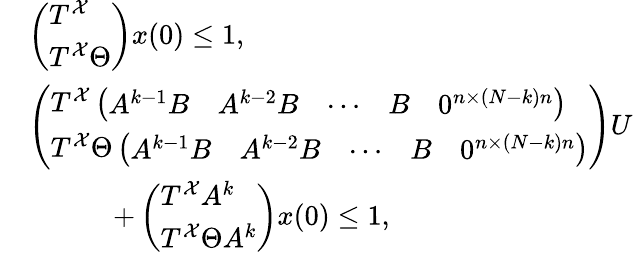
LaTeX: \begin{array}{rl}&{\left(\begin{array}{l}{T^{\mathcal{X}}}\\ {T^{\mathcal{X}}\Theta}\end{array}\right)x(0)\leq 1,}\\ &{\left(\begin{array}{l}{T^{\mathcal{X}}\left(\begin{array}{lllll}{A^{k-1}B}&{A^{k-2}B}&{\cdots}&{B}&{0^{n\times(N-k)n}}\end{array}\right)}\\ {T^{\mathcal{X}}\Theta\left(\begin{array}{lllll}{A^{k-1}B}&{A^{k-2}B}&{\cdots}&{B}&{0^{n\times(N-k)n}}\end{array}\right)}\end{array}\right)U}\\ &{\quad\quad\quad+\left(\begin{array}{l}{T^{\mathcal{X}}A^{k}}\\ {T^{\mathcal{X}}\Theta A^{k}}\end{array}\right)x(0)\leq 1,}\end{array}